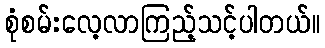
စုံစမ်းလေ့လာကြည့်သင့်ပါတယ်။